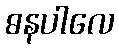
ဓနပါလေ